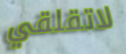
لاتقلقي